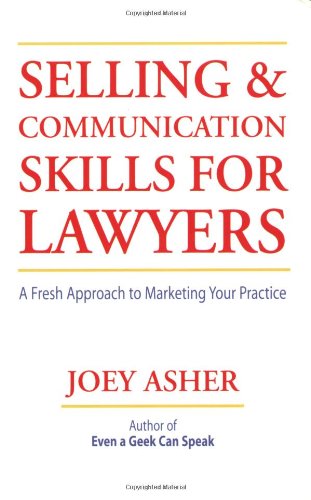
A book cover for Selling and Communications Skills for Lawyers: A Fresh Approach to Marketing Your Practice; Joey Asher; Law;